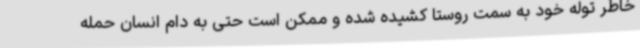
خاطر توله خود به سمت روستا کشیده شده و ممکن است حتی به دام انسان حمله